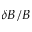
\delta B / B